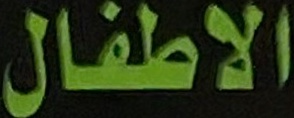
الاطفال